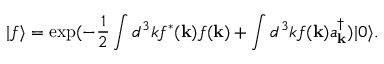
| f \rangle = \exp ( - \frac { 1 } { 2 } \int d ^ { 3 } k f ^ { \ast } ( { \bf k } ) f ( { \bf k } ) + \int d ^ { 3 } k f ( { \bf k } ) a _ { { \bf k } } ^ { \dagger } ) | 0 \rangle .